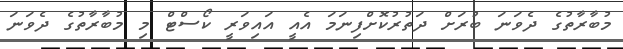
މުބާރާތުގެ ދެވަނަ ބުރަށް ދަތުރުކޮށްފިނަމަ އެއީ އައިވަރީ ކޯސްޓް މި މުބާރާތުގެ ދެވަނަ